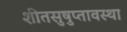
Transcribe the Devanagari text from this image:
शीतसुषुप्तावस्था